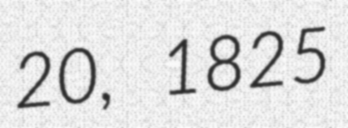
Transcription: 20, 1825